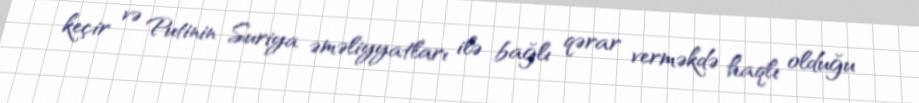
keçir və Putinin Suriya əməliyyatları ilə bağlı qərar verməkdə haqlı olduğu